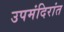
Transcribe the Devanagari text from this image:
उपमंदिरांत